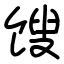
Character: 馊